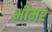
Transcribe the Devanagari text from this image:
भीमर